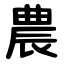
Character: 農